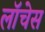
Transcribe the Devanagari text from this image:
लॉचेस